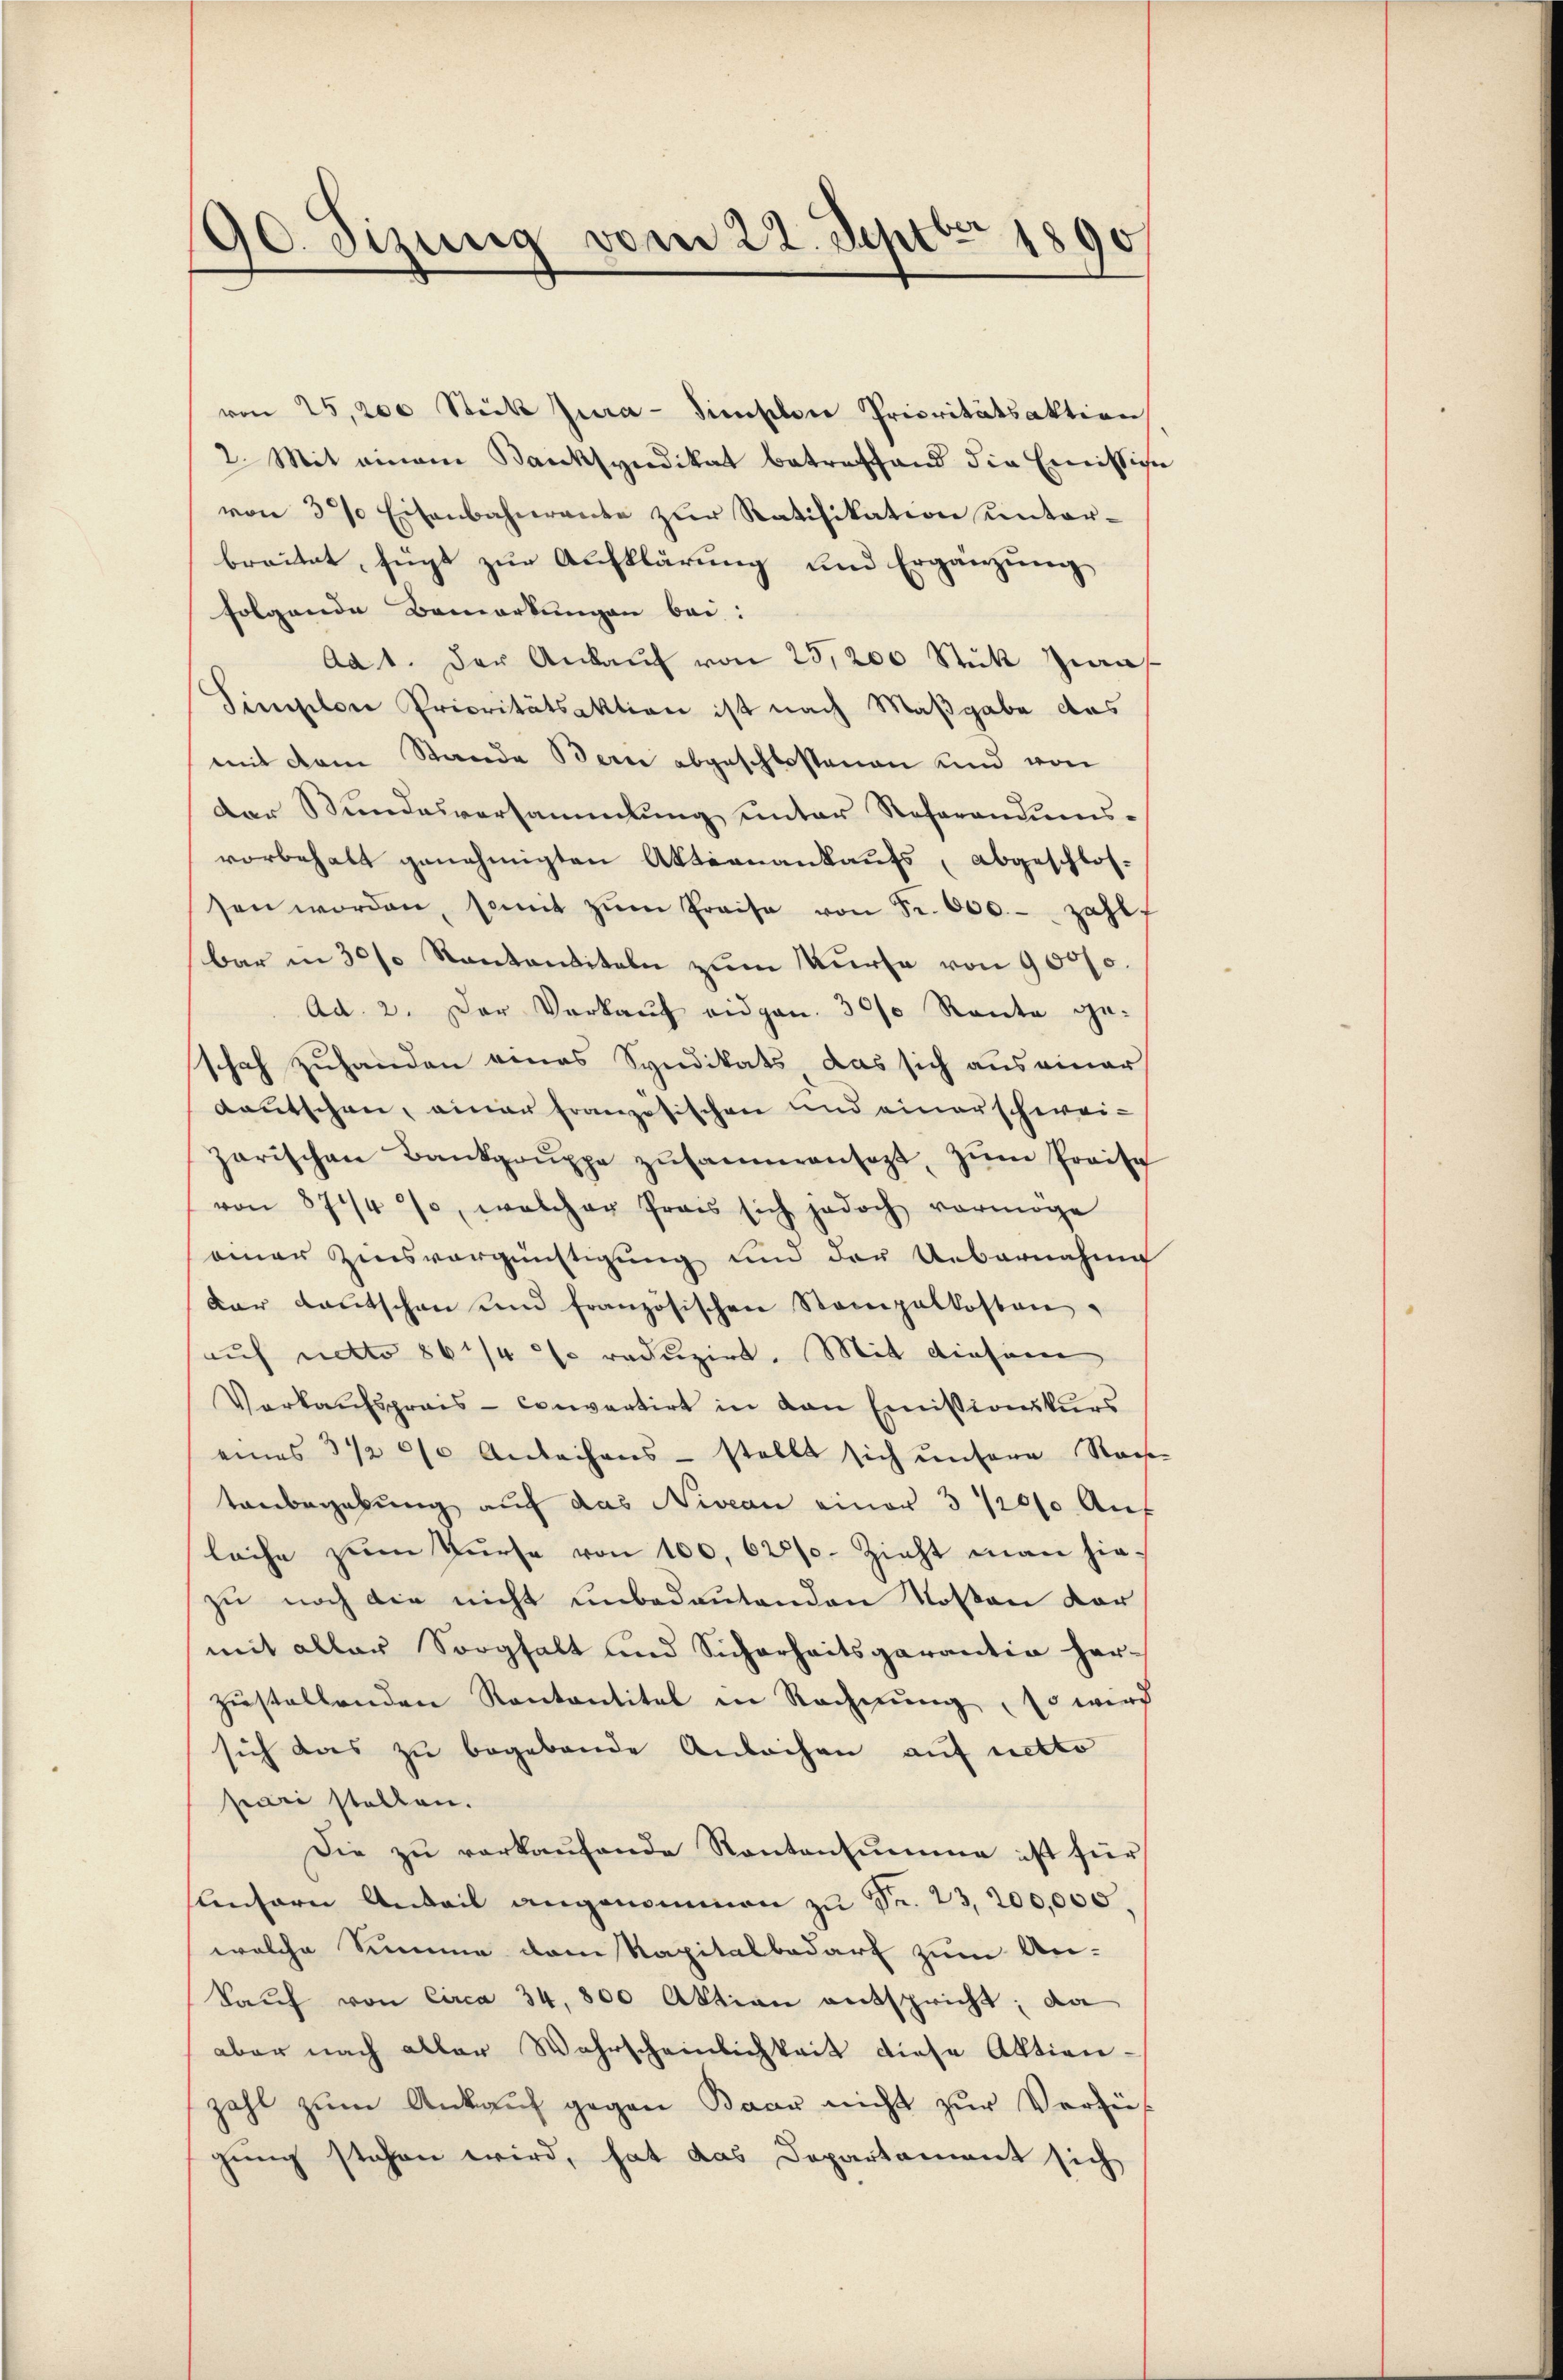
90. Sizung vom 22. Sept. 1890

von 25,200 Stück Jura - dieselen Prioritätsaktion
2. Mit einem Banksyndikat betreffend die Emissige
von 3% Eisenbahnrante zŭr Ratifikation Kentar-
breitet, fügt zur Aufklärung und Ergänzung
folgende Bemerkungen bei:
Ad 1. Der Ankaŭf von 25,200 Stück zwis
Singelon Prioritätsaktion ist nach Maßgabe das
mit dem Stande Bern abgeschlossenen und von
Der Stundesversammlung unter Referandums-
vorbehalt genehmigten Aktionankaufs, abgeschlos-
sen worden, somit zŭm Preise von Fr. 600.- zahl-
bar in 30% Kantantiteln zum Kurse von 9000.
Ad. 2. Der Verkaŭf eidgen. 30% Raute ge-
schaf zuhanden eines Syndikats das sich aus einer
deutschen, einer französischen und einer schweizarischen Bankgrŭppe zŭsammensagt, zŭm Preise
von 8744 %, welcher Prais sich jedoch vermöge
einer Zinsvergünstigung und der Uebernahme
dar Kautschen und französischen Stampalkosten.
auf netto 86 1/4 so reduzirt. Mit diesem
Verkaufspreis- convertirt in den Emissionskurs
eines 3 1/2 0/0 Anleihens - stellt sich ŭnsere Nach-
tanbegabung auf das Niveau einer 3 12000 auf
läche zum Kurse von 100, 62 f. Zieht man hiezu noch die nicht unbedeutenden Kosten dor
mit aller Sorgfalt und Sicherheitsgarantia her-
zustellenden Kantantitel in Rechnung, so wird
sich das zu begebende Anleihen auf netto
peare stellen.
Die zu verkaŭfende Kantonsumme ist für
lnsern Anteil angenommen zu Fr. 23, 200,000.
welche Summe dem Kapitalbedarf zum An-
kaŭf von Circa 34, 800 Aktion entspricht; da
aber nach aller Wahrscheinlichkeit diese Aktienzahl zum Ankauf gegen Baar nicht zur Verfü-
gung stehen wird, hat das Departament sich